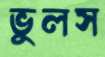
ভুলস